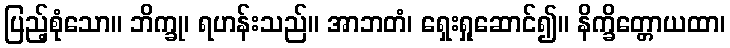
ပြည့်စုံသော။ ဘိက္ခု၊ ရဟန်းသည်။ အာဘတံ၊ ရှေးရှုဆောင်၍။ နိက္ခိတ္တောယထာ၊